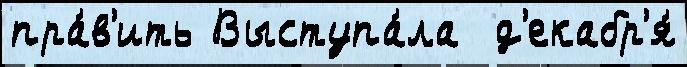
пра́в'ить Выступа́ла  д'екабр'я́